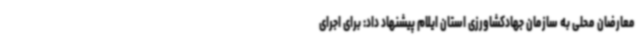
معارضان محلی به سازمان جهادکشاورزی استان ایلام پیشنهاد داد: برای اجرای